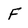
Character: F